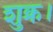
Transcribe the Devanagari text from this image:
शुक्र।